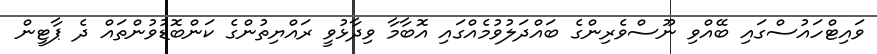
ވައިޓްހައުސްގައި ބޭއްވި ނޫސްވެރިންގެ ބައްދަލުވުމެއްގައި އޮބާމާ ވިދާޅުވީ ރައްޔިތުންގެ ކަންބޮޑުވުންތައް ދެ ޕާޓީން